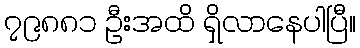
၇၉၈၈၁ ဦးအထိ ရှိလာနေပါပြီ။